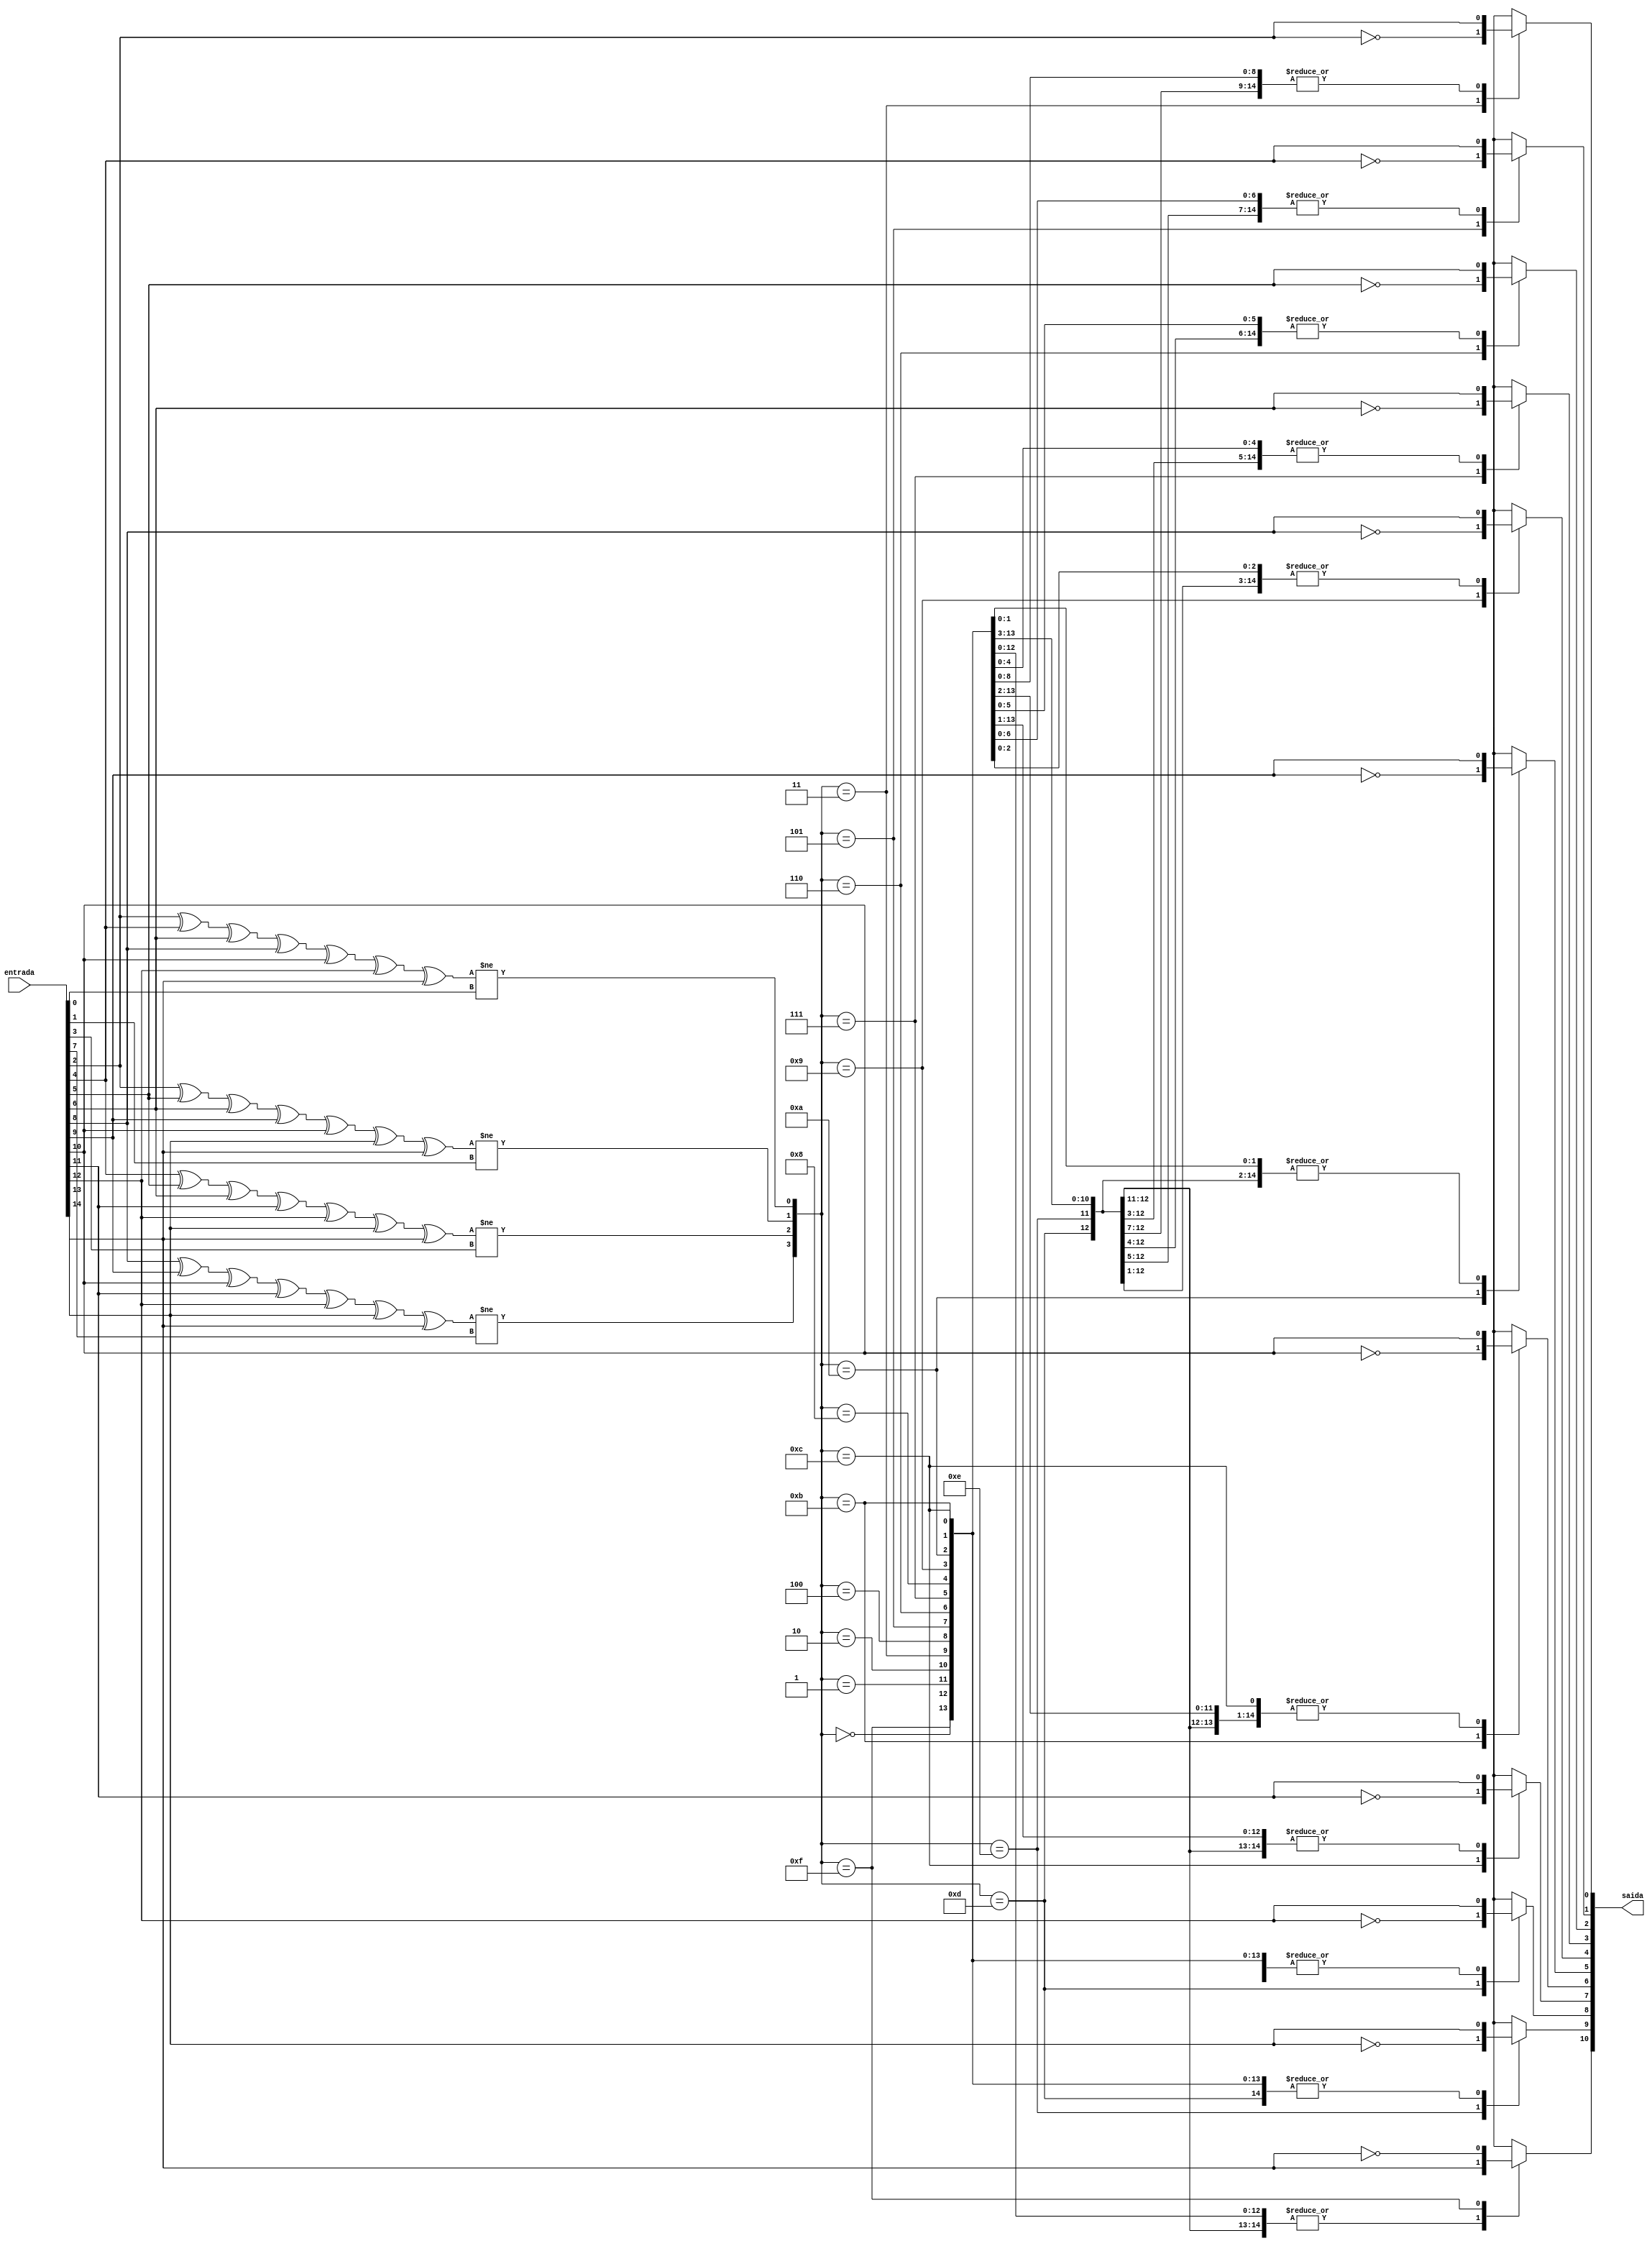
module corrige_hamming (
  input [14:0] entrada, // a paridade  o bit mais significativo (dado[8])
  output reg [10:0] saida
);
  reg p1;
  reg p2;
  reg d1;
  reg p4;
  reg d2;
  reg d3;
  reg d4;
  reg p8;
  reg d5;
  reg d6;
  reg d7;
  reg d8;
  reg d9;
  reg d10;
  reg d11;
  reg [3:0] calc_p;
  reg [14:0] entrada_temp;

  always @(*) begin
    p1 = entrada[0];
    p2 = entrada[1];
    d1 = entrada[2];
    p4 = entrada[3];
    d2 = entrada[4];
    d3 = entrada[5];
    d4 = entrada[6];
    p8 = entrada[7];
    d5 = entrada[8];
    d6 = entrada[9];
    d7 = entrada[10];
    d8 = entrada[11];
    d9 = entrada[12];
    d10 = entrada[13];
    d11 = entrada[14];

   calc_p[0] = d1 ^ d2 ^ d4 ^ d5 ^ d7 ^ d9 ^ d11; // p1 
   calc_p[1] = d1 ^ d3 ^ d4 ^ d6 ^ d7 ^ d10 ^ d11; // p2
   calc_p[2] = d2 ^ d3 ^ d4 ^ d8 ^ d9 ^ d10 ^ d11; // p4
   calc_p[3] = d5 ^ d6 ^ d7 ^ d8 ^ d9 ^ d10 ^ d11; // p8

    calc_p[0] = (calc_p[0] != p1); 
    calc_p[1] = (calc_p[1] != p2);
    calc_p[2] = (calc_p[2] != p4);
    calc_p[3] = (calc_p[3] != p8);

  entrada_temp = entrada;

    case (calc_p) 
      4'b0000: entrada_temp = entrada;
      4'b0001: entrada_temp[0] = ~entrada[0];
      4'b0010: entrada_temp[1] = ~entrada[1];
      4'b0011: entrada_temp[2] = ~entrada[2];
      4'b0100: entrada_temp[3] = ~entrada[3];
      4'b0101: entrada_temp[4] = ~entrada[4];
      4'b0110: entrada_temp[5] = ~entrada[5];
      4'b0111: entrada_temp[6] = ~entrada[6];
      4'b1000: entrada_temp[7] = ~entrada[7];
      4'b1001: entrada_temp[8] = ~entrada[8];
      4'b1010: entrada_temp[9] = ~entrada[9];
      4'b1011: entrada_temp[10] = ~entrada[10];
      4'b1100: entrada_temp[11] = ~entrada[11];
      4'b1101: entrada_temp[12] = ~entrada[12];
      4'b1110: entrada_temp[13] = ~entrada[13];
      4'b1111: entrada_temp[14] = ~entrada[14];
endcase

    saida = { entrada_temp[14:8], entrada_temp[6:4], entrada_temp[2]};
    
end

endmodule